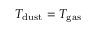
T _ { \mathrm { { d u s t } } } = T _ { \mathrm { { g a s } } }